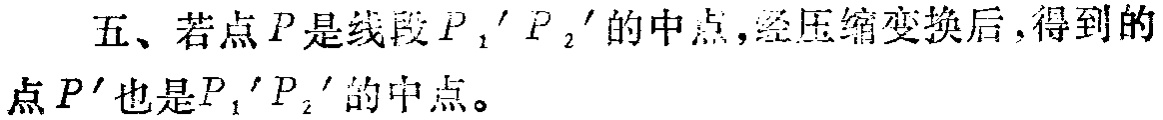
五、若点\(P\)是线段\(P_1'P_2'\)的中点，经压缩变换后，得到的点\(P'\)也是\(P_1'P_2'\)的中点。